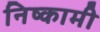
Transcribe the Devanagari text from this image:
निष्कामी